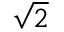
\sqrt { 2 }